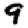
Digit: 9